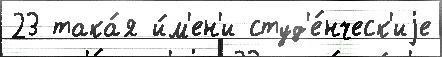
23 така́я и́м'ен'и студ'е́нческ'иjе